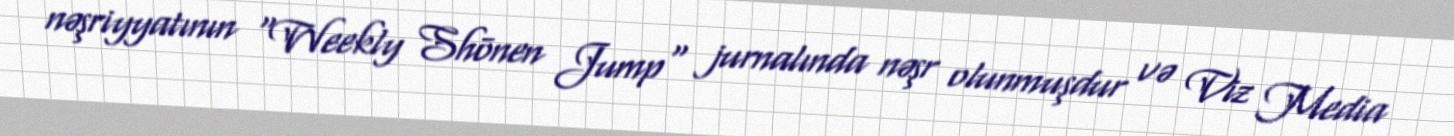
nəşriyyatının "Weekly Shōnen Jump" jurnalında nəşr olunmuşdur və Viz Media